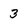
Character: 3